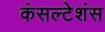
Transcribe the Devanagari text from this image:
कंसल्टेशंस